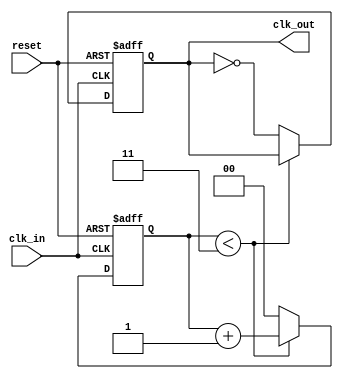
module parameterized_clock_divider #(
    parameter DIV_FACTOR = 4  // Default division factor
)(
    input wire clk_in,         // Input clock signal
    input wire reset,          // Active high asynchronous reset
    output reg clk_out         // Output clock signal
);

    // Internal counter
    reg [$clog2(DIV_FACTOR)-1:0] count; // Counter size based on DIV_FACTOR

    // Clock generation logic
    always @(posedge clk_in or posedge reset) begin
        if (reset) begin
            count <= 0;          // Reset the counter
            clk_out <= 0;        // Initialize clk_out to low
        end else begin
            if (count < DIV_FACTOR - 1) begin
                count <= count + 1; // Increment counter
            end else begin
                count <= 0;          // Reset counter
                clk_out <= ~clk_out; // Toggle clk_out
            end
        end
    end

endmodule